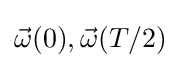
{\vec {\omega }}(0),{\vec {\omega }}(T/2)